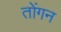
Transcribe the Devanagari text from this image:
तोंगन